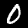
Digit: 0